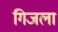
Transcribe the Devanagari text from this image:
गिजला